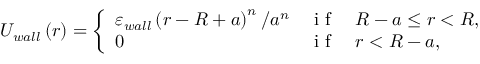
{ \cal U } _ { w a l l } \left( r \right) = \left\{ \begin{array} { l l l } { \varepsilon _ { w a l l } \left( r - R + a \right) ^ { n } / a ^ { n } } & { \mathrm { ~ i ~ f ~ } } & { R - a \leq r < R , } \\ { 0 } & { \mathrm { ~ i ~ f ~ } } & { r < R - a , } \end{array} \right.